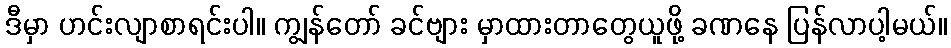
ဒီမှာ ဟင်းလျာစာရင်းပါ။ ကျွန်တော် ခင်ဗျား မှာထားတာတွေယူဖို့ ခဏနေ ပြန်လာပါ့မယ်။